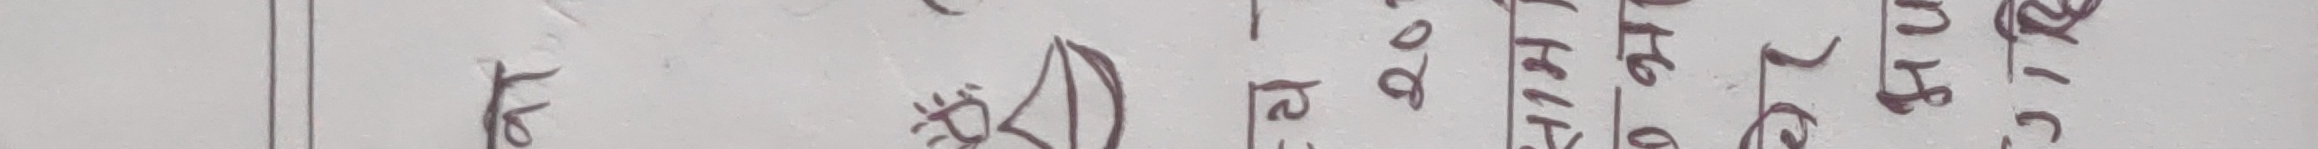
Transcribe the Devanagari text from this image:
फ २ १५ १५ ० १७ १६ १६ ३ २ ७